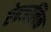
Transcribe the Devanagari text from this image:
ऐन्जलिक